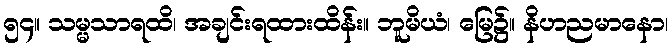
၅၄။ သမ္မသာရထိ၊ အချင်းရထားထိန်း။ ဘူမိယံ၊ မြေ၌။ နိဟညမာနော၊